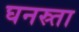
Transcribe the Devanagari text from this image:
घनस्र्ता